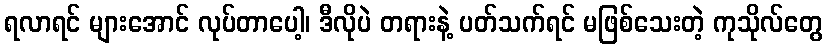
ရလာရင် များအောင် လုပ်တာပေါ့၊ ဒီလိုပဲ တရားနဲ့ ပတ်သက်ရင် မဖြစ်သေးတဲ့ ကုသိုလ်တွေ